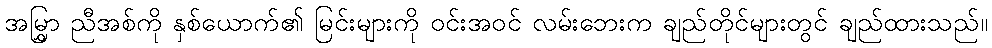
အမြွှာ ညီအစ်ကို နှစ်ယောက်၏ မြင်းများကို ဝင်းအဝင် လမ်းဘေးက ချည်တိုင်များတွင် ချည်ထားသည်။